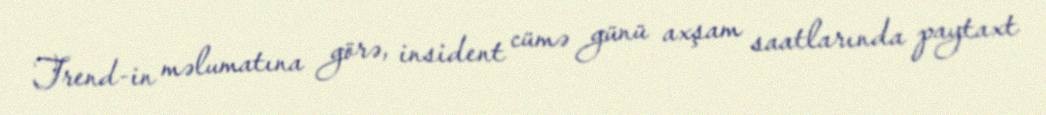
Trend-in məlumatına görə, insident cümə günü axşam saatlarında paytaxt